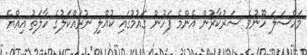
މައްސަލަ ހޫނުވެ ސަރުކާރުން އެންމެ ފަހުން ގައުމުގައި ކުއްލި ނުރައްކަލުގެ ހާލަތު އިއްޔެ